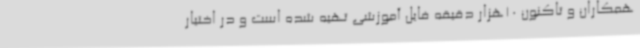
همکاران و تاکنون 10هزار دقیقه فایل آموزشی تهیه شده است و در اختیار